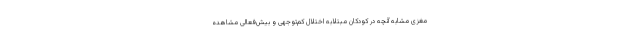
مغزی مشابه آنچه در کودکان مبتلابه اختلال کم‌توجهی و بیش‌فعالی مشاهده